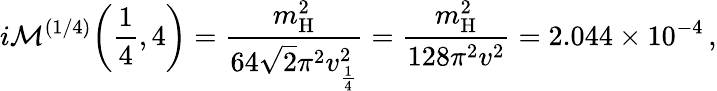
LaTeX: i\mathcal{M}^{(1/4)}\bigg(\frac{1}{4},4\bigg)=\frac{m_{\mathrm{H}}^{2}}{64\sqrt{2}\pi^{2}v_{\frac{1}{4}}^{2}}=\frac{m_{\mathrm{H}}^{2}}{128\pi^{2}v^{2}}=2.044\times 10^{-4}\, ,